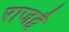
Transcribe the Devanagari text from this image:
राजद्वै